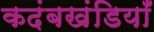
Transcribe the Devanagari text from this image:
कदंबखंडियाँ